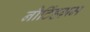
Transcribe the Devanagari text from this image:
नौटिंहग़म